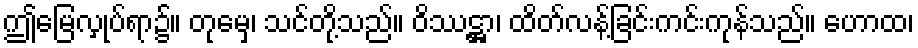
ဤမြေလှုပ်ရာ၌။ တုမှေ၊ သင်တို့သည်။ ဝိဿဋ္ဌာ၊ ထိတ်လန့်ခြင်းကင်းကုန်သည်။ ဟောထ၊